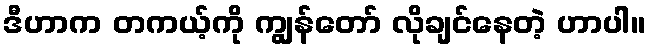
ဒီဟာက တကယ့်ကို ကျွန်တော် လိုချင်နေတဲ့ ဟာပါ။